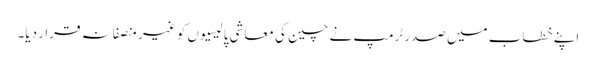
اپنے خطاب میں صدر ٹرمپ نے چین کی معاشی پالیسیوں کو غیر منصفانہ قرار دیا۔